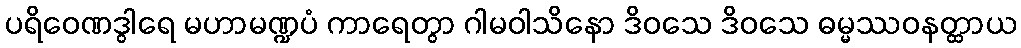
ပရိဝေဏဒွါရေ မဟာမဏ္ဍပံ ကာရေတွာ ဂါမဝါသိနော ဒိဝသေ ဒိဝသေ ဓမ္မဿဝနတ္ထာယ